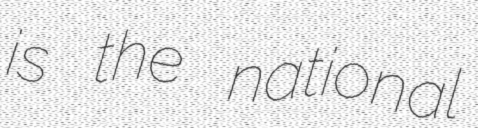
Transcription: is the national